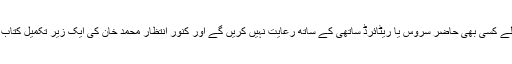
قوم یہ امید رکھتی ہے کہ موجودہ عدلیہ کے با اصول جج اپنے ضابطہ اخلاق کی خلاف ورزی کرنے والے کسی بھی حاضر سروس یا ریٹائرڈ ساتھی کے ساتھ رعایت نہیں کریں گے اور کنور انتظار محمد خان کی ایک زیرِ تکمیل کتاب کی اس فہرست میں شامل نہیں ہوں گے جسے آئین سے غداری کرنے والوں کا قبرستان قرار دیا گیا ہے۔